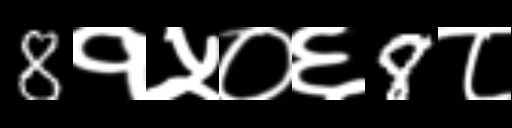
Text: 8१५०६8८